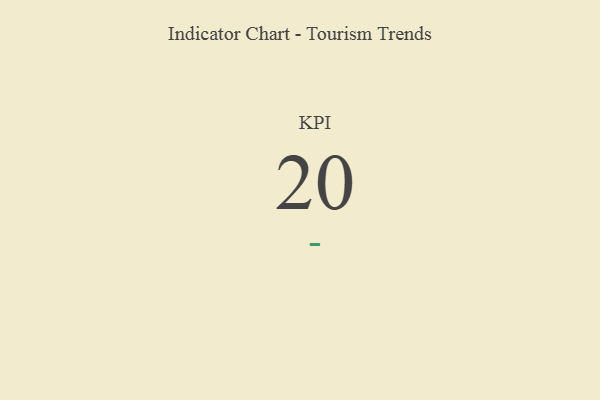
{"axis": {"x": "KPI", "y": "Value"}, "legend": [""], "data": [{"x": "KPI", "y": 20, "type": ""}]}